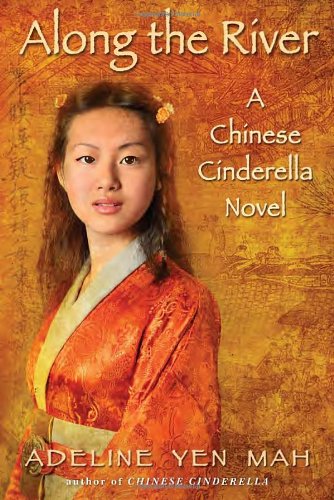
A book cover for Along the River: A Chinese Cinderella Novel; Adeline Yen Mah; Teen & Young Adult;